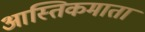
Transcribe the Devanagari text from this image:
आस्तिकमाता